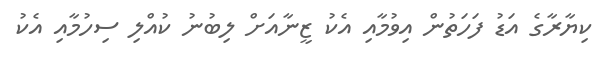
ކިޔާރާގެ އަޑު ފަހަތުން އިވުމާއި އެކު ޒީނާއަށް ލިބުނު ކުއްލި ސިހުމާއި އެކު